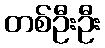
တစ်ဦးဦး